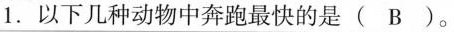
以下几种动物中奔跑最快的是(B)。